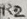
Text: R2